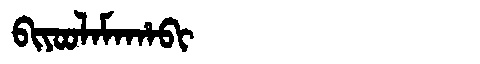
Manchu: ᠪᡳᠶᠣᠣᠯᠠᠮᠠᡥᠠᠪᡳ
Romanization: BIYOOLAMAHABI